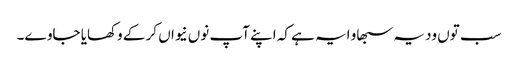
سب توں ودیہ سبھاو ایہ ہے کہ اپنے آپ نوں نیواں کر کے وکھایا جاوے۔